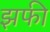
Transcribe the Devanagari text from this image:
झफी